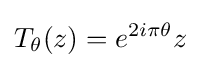
T_{\theta }(z)=e^{2i\pi \theta }z